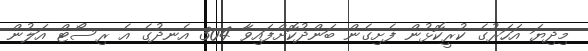
މިދިޔަ އަހަރުގެ ކުރީކޮޅުން ފެށިގެން ބަންދުކޮށްފައިވާ 304 އެނދުގެ އެ ރިސޯޓް އަލުން